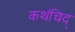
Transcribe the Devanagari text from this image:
कथंचिद्